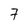
Character: 7